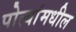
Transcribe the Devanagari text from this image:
पोत्यांमधील